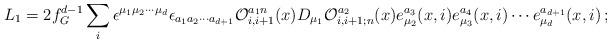
LaTeX: \begin{align*}L_1=2f_G^{d-1}\sum_i\epsilon^{\mu_1\mu_2\cdots\mu_{d}}\epsilon_{a_1a_2\cdots a_{d+1}} {\cal O}_{i,i+1}^{a_1n}(x)D_{\mu_1} {\cal O}_{i,i+1;n}^{a_2}(x) e_{\mu_2}^{a_3}(x,i)e_{\mu_3}^{a_4}(x,i)\cdots e_{\mu_d}^{a_{d+1}}(x,i)\, ;\end{align*}